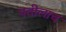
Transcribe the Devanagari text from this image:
पतीलाच